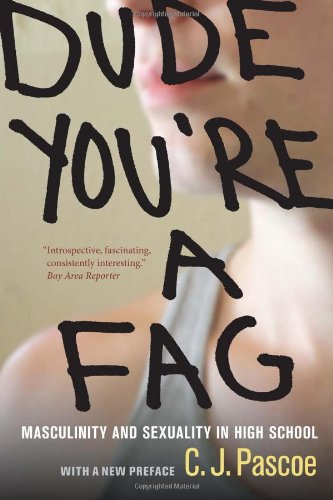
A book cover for Dude, You're a Fag: Masculinity and Sexuality in High School; C. J. Pascoe; Humor & Entertainment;